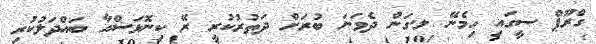
ގްރޫޕް ސީގައި ހިމެނޭ ލ.ގަން ދެވަނަ ބުރަށް ދަތުރުކުރީ ރޭ ކިނޮޅަސްއާ ބައްދަލުކުރި